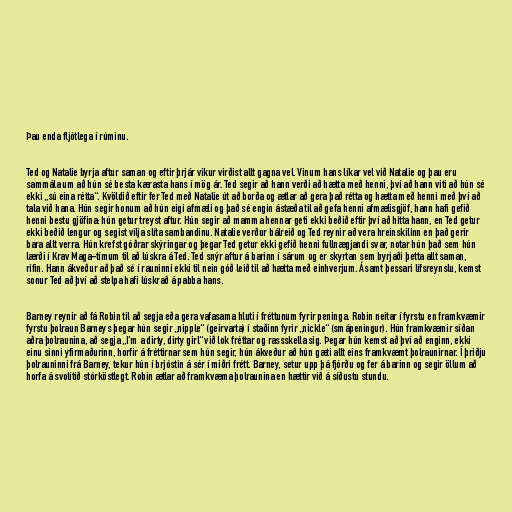
Þau enda fljótlega í rúminu.

Ted og Natalie byrja aftur saman og eftir þrjár vikur virðist allt gagna vel. Vinum hans líkar vel við Natalie og þau eru
sammála um að hún sé besta kærasta hans í mög ár. Ted segir að hann verði að hætta með henni, því að hann viti að hún sé
ekki „sú eina rétta“. Kvöldið eftir fer Ted með Natalie út að borða og ætlar að gera það rétta og hætta með henni með því að
tala við hana. Hún segir honum að hún eigi afmæli og það sé engin ástæða til að gefa henni afmælisgjöf, hann hafi gefið
henni bestu gjöfina: hún getur treyst aftur. Hún segir að mamma hennar geti ekki beðið eftir því að hitta hann, en Ted getur
ekki beðið lengur og segist vilja slíta sambandinu. Natalie verður bálreið og Ted reynir að vera hreinskilinn en það gerir
bara allt verra. Hún krefst góðrar skýringar og þegar Ted getur ekki gefið henni fullnægjandi svar, notar hún það sem hún
lærði í Krav Maga-tímum til að lúskra á Ted. Ted snýr aftur á barinn í sárum og er skyrtan sem byrjaði þetta allt saman,
rifin. Hann ákveður að það sé í rauninni ekki til nein góð leið til að hætta með einhverjum. Ásamt þessari lífsreynslu, kemst
sonur Ted að því að stelpa hafi lúskrað á pabba hans.

Barney reynir að fá Robin til að segja eða gera vafasama hluti í fréttunum fyrir peninga. Robin neitar í fyrstu en framkvæmir
fyrstu þolraun Barneys þegar hún segir „nipple“ (geirvarta) í staðinn fyrir „nickle“ (smápeningur). Hún framkvæmir síðan
aðra þolraunina, að segja „I'm a dirty, dirty girl“ við lok fréttar og rassskella sig. Þegar hún kemst að því að enginn, ekki
einu sinni yfirmaðurinn, horfir á fréttirnar sem hún segir, hún ákveður að hún gæti allt eins framkvæmt þolraunirnar. Í þriðju
þolrauninni frá Barney, tekur hún í brjóstin á sér í miðri frétt. Barney, setur upp þá fjórðu og fer á barinn og segir öllum að
horfa á svolítið stórköstlegt. Robin ætlar að framkvæma þolraunina en hættir við á síðustu stundu.